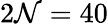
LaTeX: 2\mathcal{N}=40